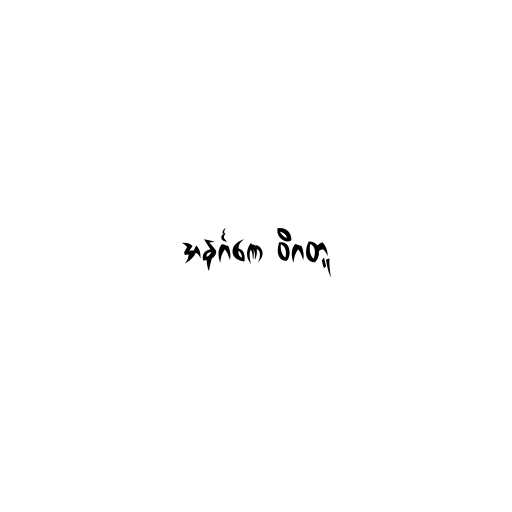
အနင်္ဂဏေ ဝိဂတူ